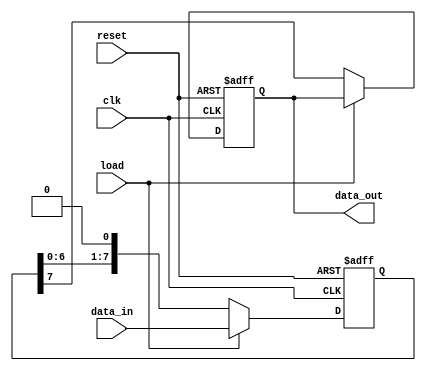
module PISO_Register #(
    parameter WIDTH = 8  // Parameter to define the width of the register
)(
    input wire [WIDTH-1:0] data_in,  // Parallel input data
    input wire load,                  // Load control signal
    input wire clk,                   // Clock signal
    input wire reset,                 // Asynchronous reset signal
    output reg data_out               // Serial output data
);

    reg [WIDTH-1:0] shift_reg;        // Internal shift register
    integer i;                         // Loop variable for shifting

    // Asynchronous reset and load logic
    always @(posedge clk or posedge reset) begin
        if (reset) begin
            // Clear the shift register and output on reset
            shift_reg <= {WIDTH{1'b0}};
            data_out <= 1'b0;
        end else if (load) begin
            // Load the parallel data into the shift register
            shift_reg <= data_in;
        end else begin
            // Shift the data out serially
            data_out <= shift_reg[WIDTH-1]; // Output MSB
            // Shift the register to the right
            shift_reg <= {shift_reg[WIDTH-2:0], 1'b0}; // Shift left and fill LSB with 0
        end
    end

endmodule